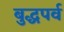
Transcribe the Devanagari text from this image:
बुद्धपर्व